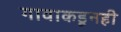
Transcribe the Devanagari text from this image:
गावाकडूनही